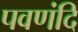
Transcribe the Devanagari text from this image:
पवणंदि